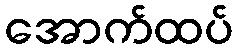
အောက်ထပ်